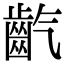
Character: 𪗟